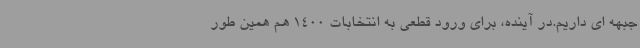
جبهه ای داریم.در آینده، برای ورود قطعی به انتخابات 1400 هم همین طور